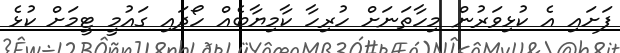
ފަށައި އެ ކުޅިވަރުން މިހާތަނަށް ހުރިހާ ކާމިޔާބެއް ހޯދައި ގައުމީ ޓީމަށް ކުޅެ